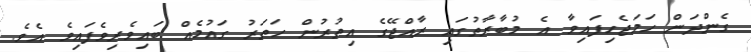
ގެންދަން ހަމަޖެހިފައިވާ އެ މުބާރާތުގައި ރާއްޖޭގެ އިތުރުން ހަތަރު ގައުމެއް ބައިވެރިވެފައިވެ އެވެ.